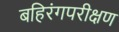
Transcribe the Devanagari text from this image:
बहिरंगपरीक्षण